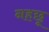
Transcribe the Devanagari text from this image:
नहछू